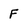
Character: F